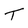
Character: T